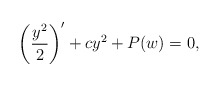
\begin{align*} \left(\dfrac{y^2}{2} \right)' + c y^2 + P(w) = 0,\frac{}{}\end{align*}